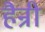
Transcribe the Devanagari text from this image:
हैन्री